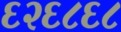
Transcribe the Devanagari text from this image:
६२६८६८